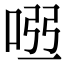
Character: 𠴀